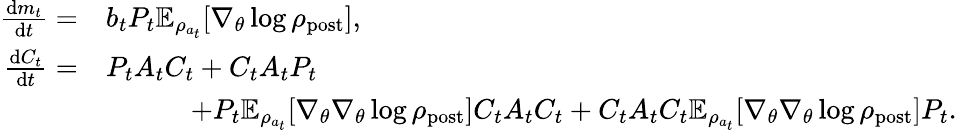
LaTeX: \begin{array}{rl}{\frac{\mathrm{d}m_{t}}{\mathrm{d}t}=}&{b_{t}P_{t}\mathbb{E}_{\rho_{a_{t}}}[\nabla_{\theta}\log\rho_{\mathrm{post}}],}\\ {\frac{\mathrm{d}C_{t}}{\mathrm{d}t}=}&{P_{t}A_{t}C_{t}+C_{t}A_{t}P_{t}}\\ &{\quad\quad\quad+P_{t}\mathbb{E}_{\rho_{a_{t}}}[\nabla_{\theta}\nabla_{\theta}\log\rho_{\mathrm{post}}]C_{t}A_{t}C_{t}+C_{t}A_{t}C_{t}\mathbb{E}_{\rho_{a_{t}}}[\nabla_{\theta}\nabla_{\theta}\log\rho_{\mathrm{post}}]P_{t}.}\end{array}